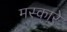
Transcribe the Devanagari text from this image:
मस्कारे